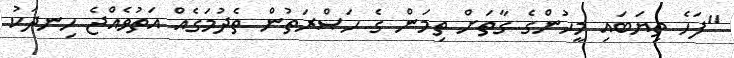
"ފަހެ ތިޔަބައި މީހުންގެ ގާތަށް ތިމަން ގެ ޙަޞްރަތުން ތެދުމަގެއް އަތުވެއްޖެ ހިނދަކު